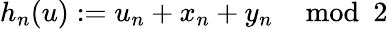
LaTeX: h_{n}(u):=u_{n}+x_{n}+y_{n}\mod 2